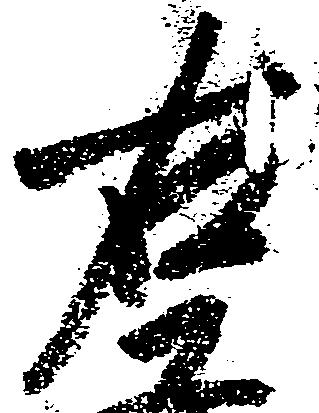
右